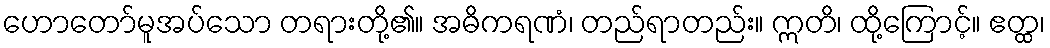
ဟောတော်မူအပ်သော တရားတို့၏။ အဓိကရဏံ၊ တည်ရာတည်း။ ဣတိ၊ ထို့ကြောင့်။ ဧတ္ထ၊